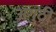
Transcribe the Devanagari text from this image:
अगुठी